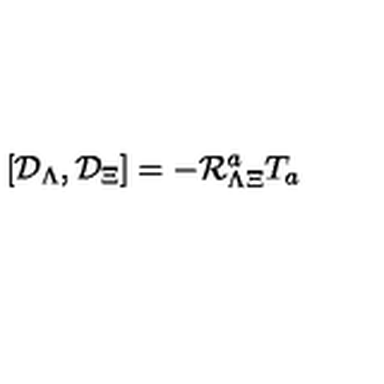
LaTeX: \left[ { \cal D } _ { \Lambda } , { \cal D } _ { \Xi } \right] = - { \cal R } _ { \Lambda \Xi } ^ { a } T _ { a }